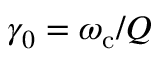
\gamma _ { 0 } = \omega _ { \mathrm { c } } / Q